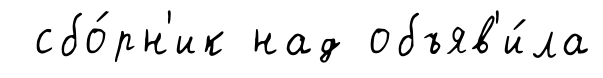
сбо́рн'ик над объяв'и́ла